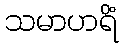
သမာဟရိံ